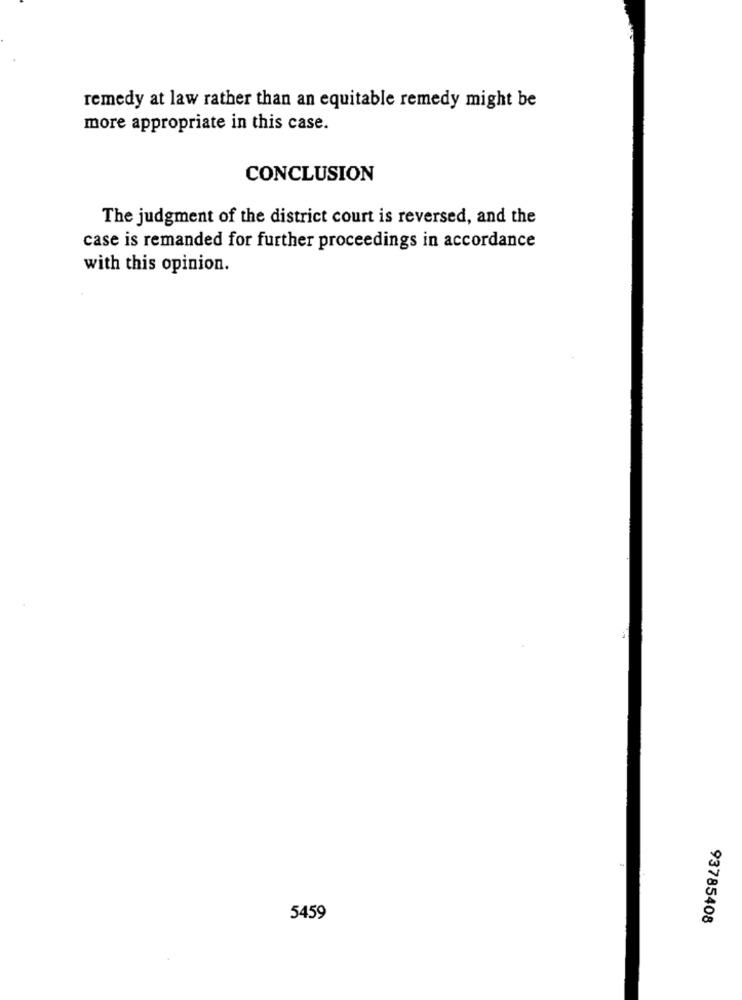
remedy at law rather than an equitable remedy might be
more appropriate in this case.
CONCLUSION
The judgment of the district court is reversed, and the
case is remanded for further proceedings in accordance
with this opinion.
5459
93785408